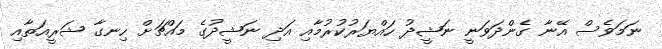
ނަމަވެސް އޭނާ ގެންދަވަނީ ނަޝީދު ހައްޔަރުކުރުމާއި އަދި ނަޝީދުގެ މައްޗަށް ހިނގާ ޝަރީއަތާއި